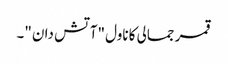
قمر جمالی کا ناول "آتش دان "۔